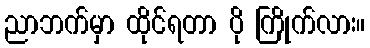
ညာဘက်မှာ ထိုင်ရတာ ပို ကြိုက်လား။